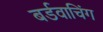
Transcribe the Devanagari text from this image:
बर्डवाचिंग